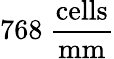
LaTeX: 768~\frac{\mathrm{cells}}{\mathrm{mm}}